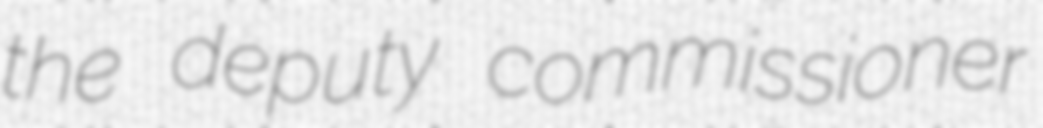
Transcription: the deputy commissioner